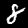
Digit: 8